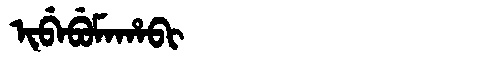
Manchu: ᡳᠪᡝᠪᡠᠮᠠᡥᠠᠪᡳ
Romanization: IBEBUMAHABI